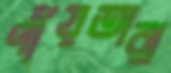
পাঁয়তারা